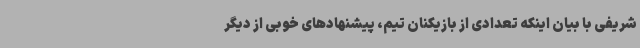
شریفی با بیان اینکه تعدادی از بازیکنان تیم، پیشنهادهای خوبی از دیگر